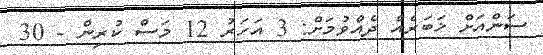
ސަންއަށް ޚަބަރެއް ދެއްވުމަށް: 3 އަހަރު 12 މަސް ކުރިން - 30